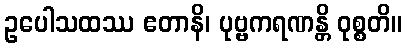
ဥပေါသထဿ ဧတာနိ၊ ပုဗ္ဗကရဏန္တိ ဝုစ္စတိ။